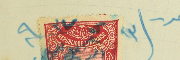
حرر / ١٣ ك٢ ٩٣٧